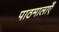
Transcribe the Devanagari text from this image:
पाठमालाएँ